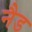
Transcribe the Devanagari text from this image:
नैड